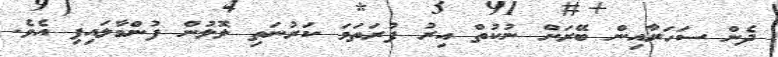
ދެން ސަހަރާއިން ބޭރަށް ނުކުތް އިރު ފުރަތަމަ ކަރުނަތި ލޮލުން ފުންމާލައިފި އެވެ.